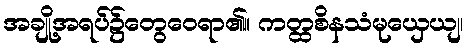
အချို့အရပ်၌တွေဝေရာ၏။ ကတ္ထစိနသံမုယှေယျ၊